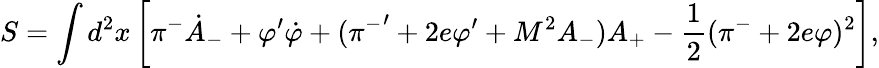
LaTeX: S=\int d^{2}x\left[\pi^{-}{\dot{A}_{-}}+{\varphi}^{\prime}{\dot{\varphi}}+({\pi^{-}}^{\prime}+2e\varphi^{\prime}+M^{2}A_{-})A_{+}-\frac{1}{2}(\pi^{-}+2e\varphi)^{2}\right],